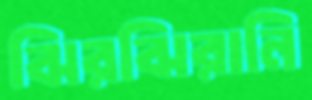
ঝিরঝিরানি